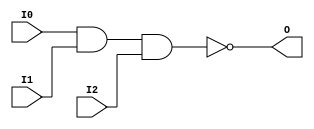

/*

FUNCTION	: 3-INPUT NAND GATE

*/

`timescale  100 ps / 10 ps

`celldefine

module NAND3 (O, I0, I1, I2);


    output O;

    input  I0, I1, I2;

    nand A1 (O, I0, I1, I2);

    specify
	(I0 *> O) = (0, 0);
	(I1 *> O) = (0, 0);
	(I2 *> O) = (0, 0);
    endspecify

endmodule

`endcelldefine